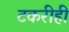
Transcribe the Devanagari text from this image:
टकरीही